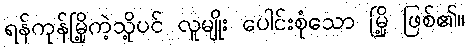
ရန်ကုန်မြို့ကဲ့သို့ပင် လူမျိုး ပေါင်းစုံသော မြို့ ဖြစ်၏။